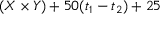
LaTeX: ( X \times Y ) + 5 0 ( t _ { 1 } - t _ { 2 } ) + 2 5